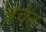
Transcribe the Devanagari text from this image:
बंचेन